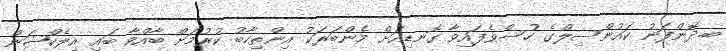
ބ.ދޮންފަނު ކައުންސިލްގެ ހުސްވެފައިވާ ގޮނޑިއަށް މެންބަރަކު އިންތިހާބު ކުރުމަށް ބާއްވާ ބައި އިލެކްޝަން